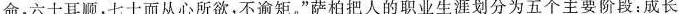
命，六十耳顺，七十而从心所欲，不逾矩。”萨柏把人的职业生涯划分为五个主要阶段：成长